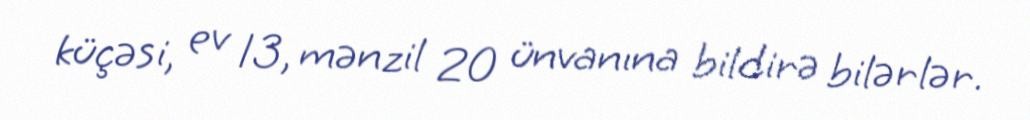
küçəsi, ev 13, mənzil 20 ünvanına bildirə bilərlər.